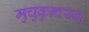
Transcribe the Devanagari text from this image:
मुचुकुन्दस्य